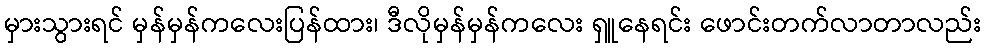
မှားသွားရင် မှန်မှန်ကလေးပြန်ထား၊ ဒီလိုမှန်မှန်ကလေး ရှူနေရင်း ဖောင်းတက်လာတာလည်း